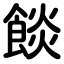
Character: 餤